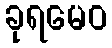
ခုရမေဝ